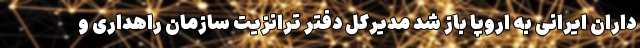
داران ایرانی به اروپا باز شد مدیرکل دفتر ترانزیت سازمان راهداری و